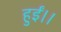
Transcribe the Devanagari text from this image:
हुईं।।